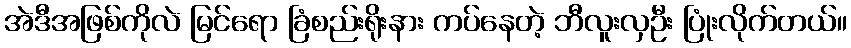
အဲဒီအဖြစ်ကိုလဲ မြင်ရော ခြံစည်းရိုးနား ကပ်နေတဲ့ ဘီလူးလှဦး ပြုံးလိုက်တယ်။